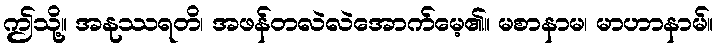
ဤသို့။ အနုဿရတိ၊ အဖန်တလဲလဲအောက်မေ့၏။ မစာနာမ၊ မာဟာနာမ်။